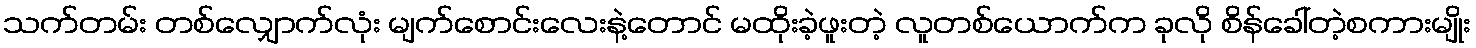
သက်တမ်း တစ်လျှောက်လုံး မျက်စောင်းလေးနဲ့တောင် မထိုးခဲ့ဖူးတဲ့ လူတစ်ယောက်က ခုလို စိန်ခေါ်တဲ့စကားမျိုး